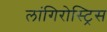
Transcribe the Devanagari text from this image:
लांगिरोस्ट्रिस